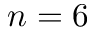
n = 6